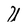
Character: U